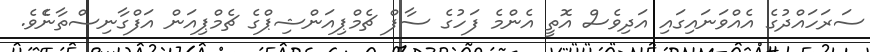
ސަރަހައްދުގެ އެއްވަނައިގައި އަދިވެސް އޮތީ އެންމެ ފަހުގެ ސާފް ޗެމްޕިއަންޝިޕްގެ ޗެމްޕިއަން އަފްގާނިސްތާނެެވެ.